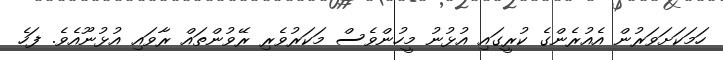
ހަމަކަށަވަރުން އެއުރެންގެ ކުރީގައި އުޅުނު މީހުންވެސް މަކަރުވެރި ރޭވުންތައް ރާވައި އުޅުނޫއެވެ. ފަހެ